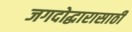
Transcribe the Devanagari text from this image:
जगदोद्धारासाठी